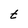
Character: t